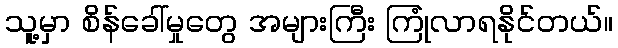
သူ့မှာ စိန်ခေါ်မှုတွေ အများကြီး ကြုံလာရနိုင်တယ်။